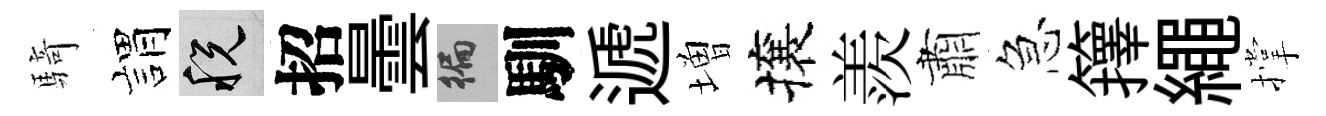
騎娟税招曇徧馴遞増攘羨肅急籜繩撑